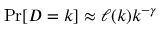
\operatorname* { P r } [ D = k ] \approx \ell ( k ) k ^ { - \gamma }